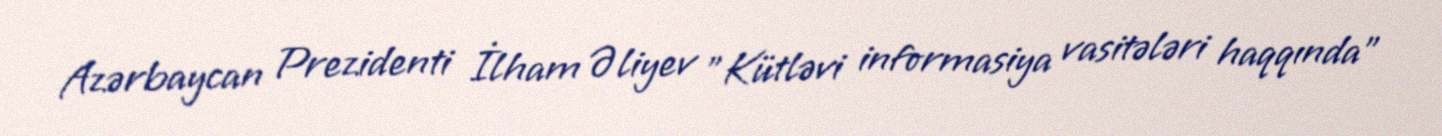
Azərbaycan Prezidenti İlham Əliyev "Kütləvi informasiya vasitələri haqqında"